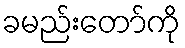
ခမည်းတော်ကို